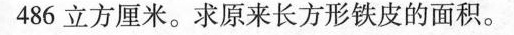
486立方厘米。求原来长方形铁皮的面积。